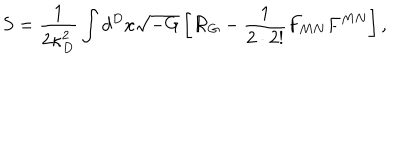
LaTeX: S = { \frac { 1 } { 2 \kappa _ { D } ^ { 2 } } } \int d ^ { D } x \sqrt { - G } \left[ { \cal R } _ { G } - { \frac { 1 } { 2 \cdot 2 ! } } F _ { M N } F ^ { M N } \right] ,